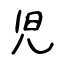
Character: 児